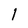
Character: 1